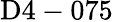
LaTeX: \mathrm{D4-075}